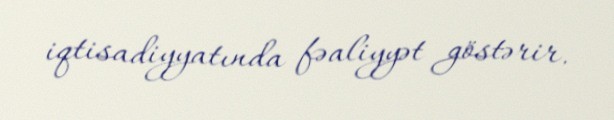
iqtisadiyyatında fəaliyyət göstərir.